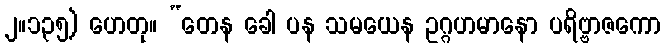
၂။၁၃၅) ဟေတု။ “တေန ခေါ ပန သမယေန ဥဂ္ဂဟမာနော ပရိဗ္ဗာဇကော